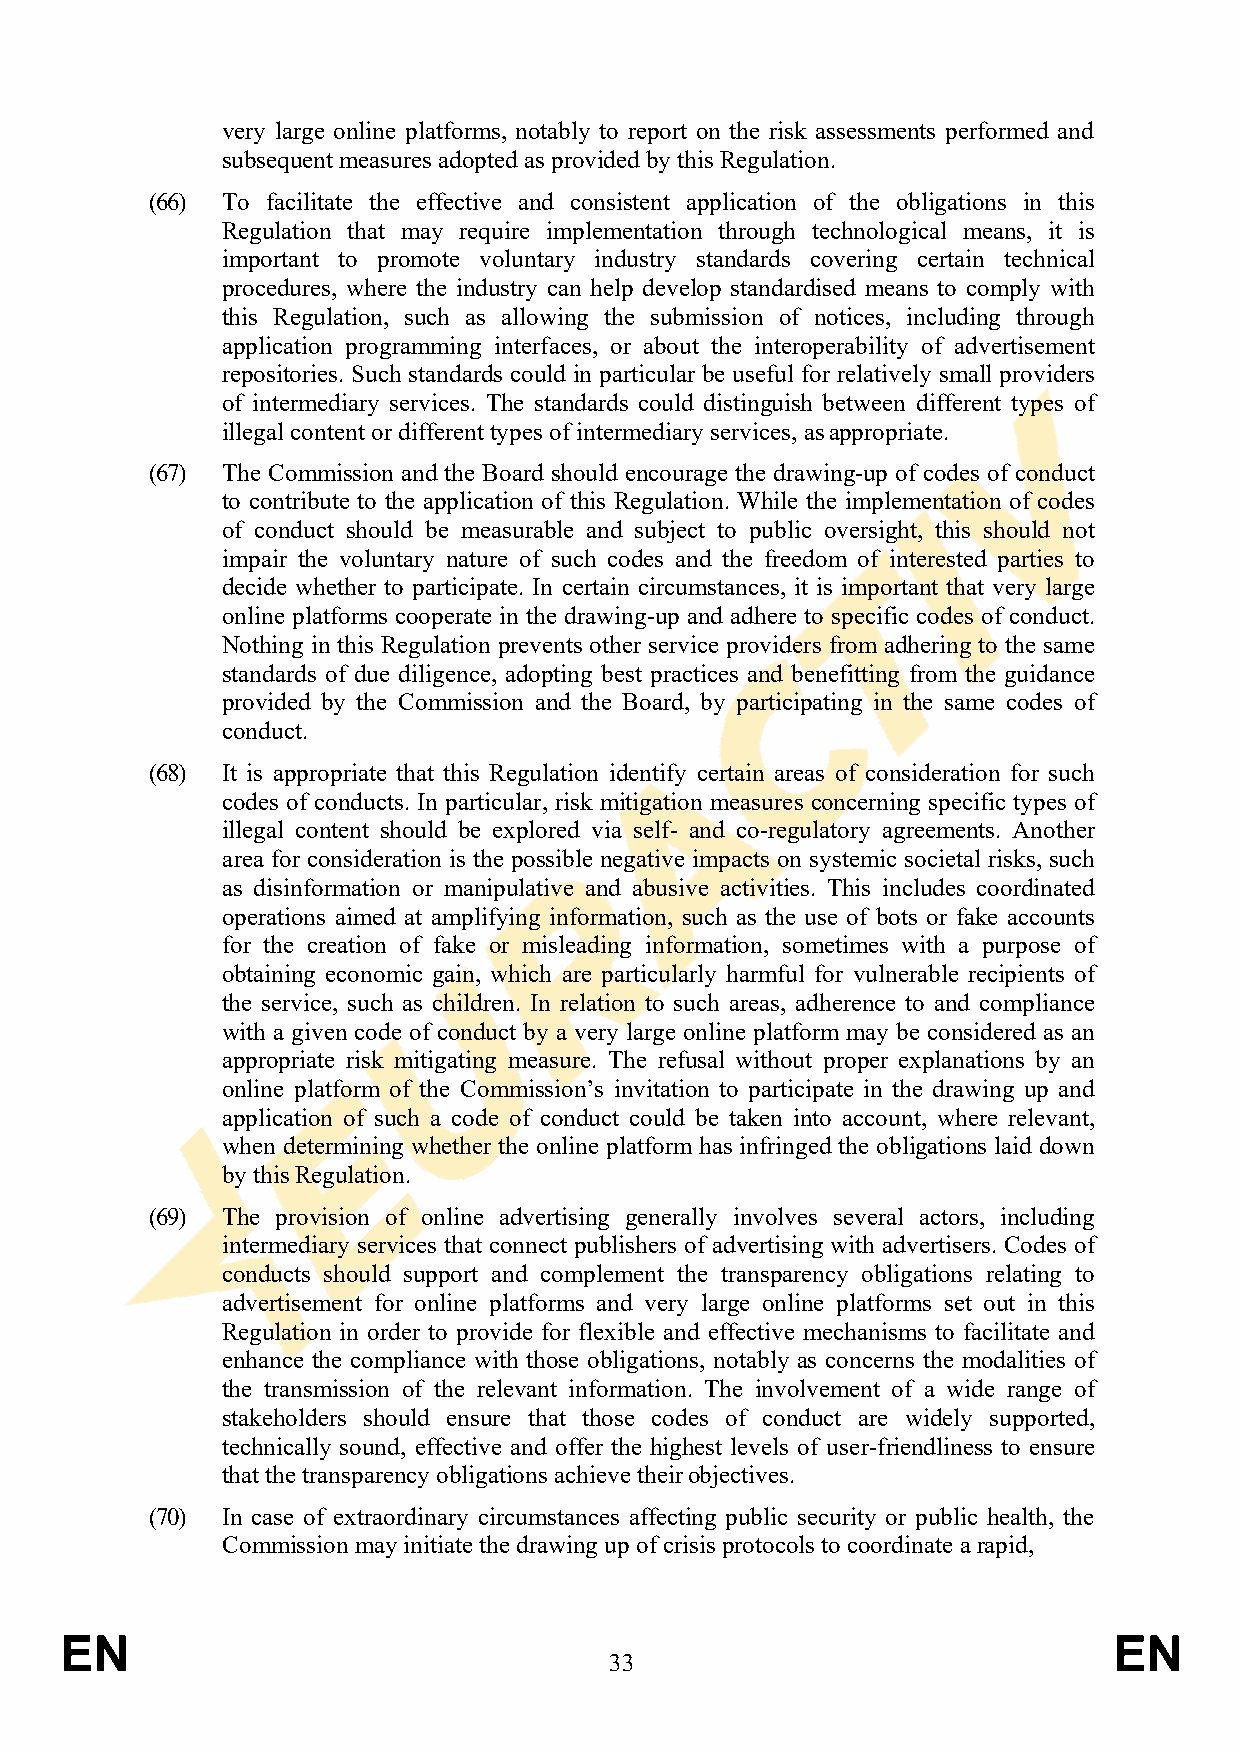
very large online platforms, notably to report on the risk assessments performed and
 subsequent measures adopted as provided by this Regulation.
 (66) To facilitate the effective and consistent application of the obligations in this
 Regulation that may require implementation through technological means, it is
 important to promote voluntary industry standards covering certain technical
 procedures, where the industry can help develop standardised means to comply with
 this Regulation, such as allowing the submission of notices, including through
 application programming interfaces, or about the interoperability of advertisement
 repositories. Such standards could in particular be useful for relatively small providers
 of intermediary services. The standards could distinguish between different types of
 illegal content or different types of intermediary services, as appropriate.
 (67) The Commission and the Board should encourage the drawing-up of codes of conduct
 to contribute to the application of this Regulation. While the implementation of codes
 of conduct should be measurable and subject to public oversight, this should not
 impair the voluntary nature of such codes and the freedom of interested parties to
 decide whether to participate. In certain circumstances, it is important that very large
 online platforms cooperate in the drawing-up and adhere to specific codes of conduct.
 Nothing in this Regulation prevents other service providers from adhering to the same
 standards of due diligence, adopting best practices and benefitting from the guidance
 provided by the Commission and the Board, by participating in the same codes of
 conduct.
 (68) It is appropriate that this Regulation identify certain areas of consideration for such
 codes of conducts. In particular, risk mitigation measures concerning specific types of
 illegal content should be explored via self- and co-regulatory agreements. Another
 area for consideration is the possible negative impacts on systemic societal risks, such
 as disinformation or manipulative and abusive activities. This includes coordinated
 operations aimed at amplifying information, such as the use of bots or fake accounts
 for the creation of fake or misleading information, sometimes with a purpose of
 obtaining economic gain, which are particularly harmful for vulnerable recipients of
 the service, such as children. In relation to such areas, adherence to and compliance
 with a given code of conduct by a very large online platform may be considered as an
 appropriate risk mitigating measure. The refusal without proper explanations by an
 online platform of the Commission’s invitation to participate in the drawing up and
 application of such a code of conduct could be taken into account, where relevant,
 when determining whether the online platform has infringed the obligations laid down
 by this Regulation.
 (69) The provision of online advertising generally involves several actors, including
 intermediary services that connect publishers of advertising with advertisers. Codes of
 conducts should support and complement the transparency obligations relating to
 advertisement for online platforms and very large online platforms set out in this
 Regulation in order to provide for flexible and effective mechanisms to facilitate and
 enhance the compliance with those obligations, notably as concerns the modalities of
 the transmission of the relevant information. The involvement of a wide range of
 stakeholders should ensure that those codes of conduct are widely supported,
 technically sound, effective and offer the highest levels of user-friendliness to ensure
 that the transparency obligations achieve their objectives.
 (70) In case of extraordinary circumstances affecting public security or public health, the
 Commission may initiate the drawing up of crisis protocols to coordinate a rapid,
 EN                                                                    EN
 33